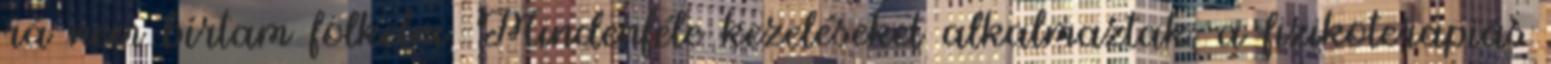
rá nem bírtam fölkelni. Mindenféle kezeléseket alkalmaztak, a fizikoterápiás